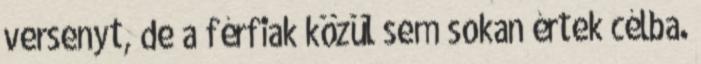
versenyt, de a férfiak közül sem sokan értek célba.